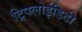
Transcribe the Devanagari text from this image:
ट्रिपलोईडिटी